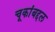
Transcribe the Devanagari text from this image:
चूकांबद्दल